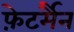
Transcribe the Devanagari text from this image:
फ़ेटर्मैन